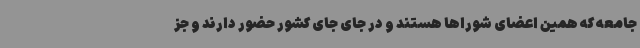
جامعه که همین اعضای شوراها هستند و در جای جای کشور حضور دارند و جز